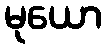
မုယော